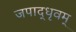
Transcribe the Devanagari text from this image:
जपाद्‌धृवम्